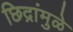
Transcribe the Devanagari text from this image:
छिद्रांमुळे